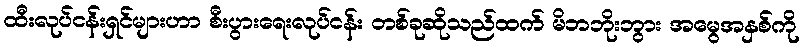
ထီးလုပ်ငန်းရှင်များဟာ စီးပွားရေးလုပ်ငန်း တစ်ခုဆိုသည်ထက် မိဘဘိုးဘွား အမွေအနှစ်ကို